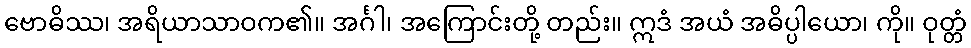
ဗောဓိဿ၊ အရိယာသာဝက၏။ အင်္ဂါ၊ အကြောင်းတို့ တည်း။ ဣဒံ အယံ အဓိပ္ပါယော၊ ကို။ ဝုတ္တံ